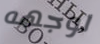
لوجهه